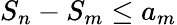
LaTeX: S_{n}-S_{m}\leq a_{m}